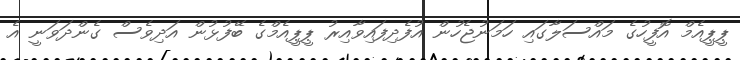
ޕީޕީއެމް އޮފީހުގެ މައްސަލާގައި ހަމަނުޖެހުން އުފެދިފައިވާއިރު ޕީޕީއެމްގެ ބޭފުޅުން އަދިވެސް ގެންދަވަނީ އެ